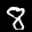
Label: 8